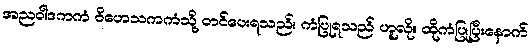
အညဝါဒကကံ ဝိဟေသကကံသို့ တင်ပေးရသည်။ ကံပြုရသည် ဟူလို။ ထိုကံပြုပြီးနောက်